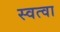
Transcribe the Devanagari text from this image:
स्वत्वा